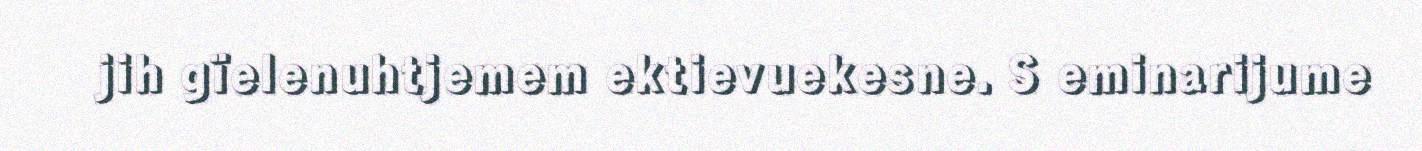
jih gïelenuhtjemem ektievuekesne. S eminarijume